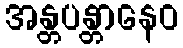
အန္တပန္တာနေဝ